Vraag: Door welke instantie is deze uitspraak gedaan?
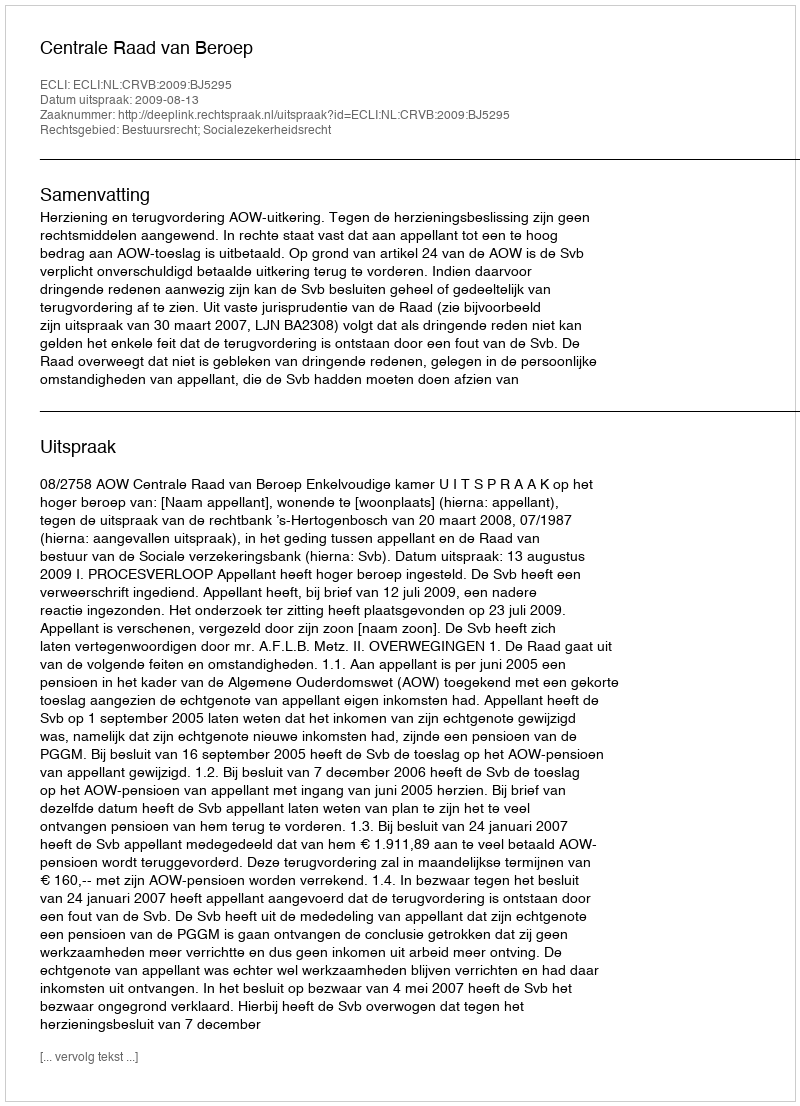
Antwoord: Centrale Raad van Beroep